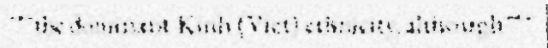
"""the dominant Kinh (Viet) ethnicity, although"""